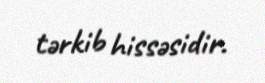
tərkib hissəsidir.